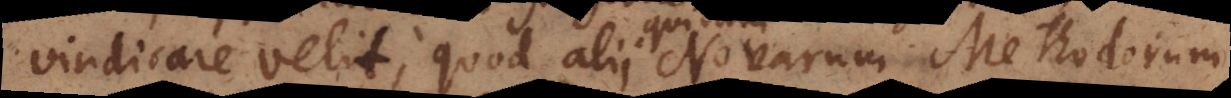
vindicare velit; quod alii Novarum Methodorum